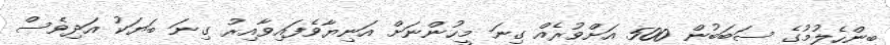
ބިންހެލުމުގެ ސަބަބުން 500 އަށްވުރެއް ގިނަ މީހުންނަށް އަނިޔާވެފައިވާއިރު ގިނަ ބަޔަކު އަދިވެސް